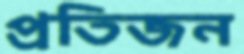
প্রতিজন